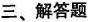
三、解答题